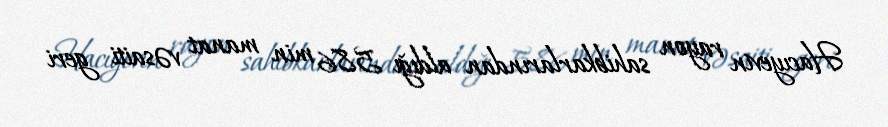
Hacıyevin rayon sahibkarlarından aldığı 586 min manat vəsaiti geri